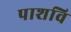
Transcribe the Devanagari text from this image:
पाशवि